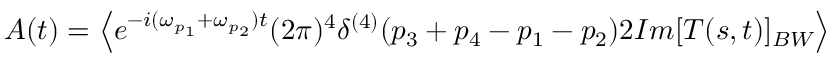
A ( t ) = \left\langle { e ^ { - i ( \omega _ { p _ { 1 } } + \omega _ { p _ { 2 } } ) t } ( 2 \pi ) ^ { 4 } \delta ^ { ( 4 ) } ( p _ { 3 } + p _ { 4 } - p _ { 1 } - p _ { 2 } ) 2 I m [ T ( s , t ) ] _ { B W } } \right\rangle